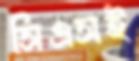
সিএসই